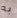
به